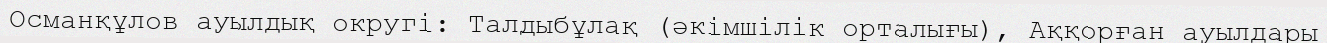
Османқұлов ауылдық округі: Талдыбұлақ (әкімшілік орталығы), Аққорған ауылдары